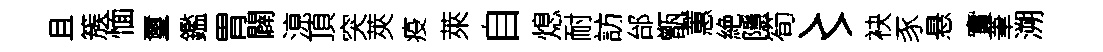
且簇愐璽鑑胃闢鿌頂突莢疫萊自熄耐訪邰甑蕙絶隱筍〻袂豕悬實茟溯